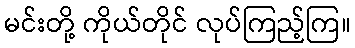
မင်းတို့ ကိုယ်တိုင် လုပ်ကြည့်ကြ။